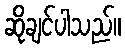
ဆိုချင်ပါသည်။